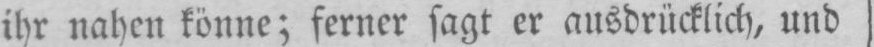
ihr nahen könne; ferner sagt er ausdrücklich, und